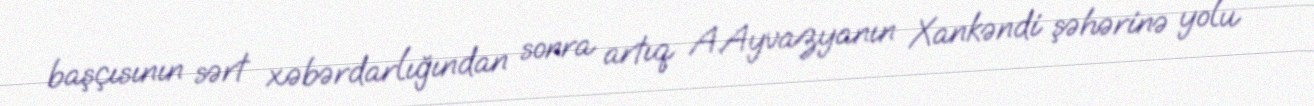
başçısının sərt xəbərdarlığından sonra artıq A.Ayvazyanın Xankəndi şəhərinə yolu